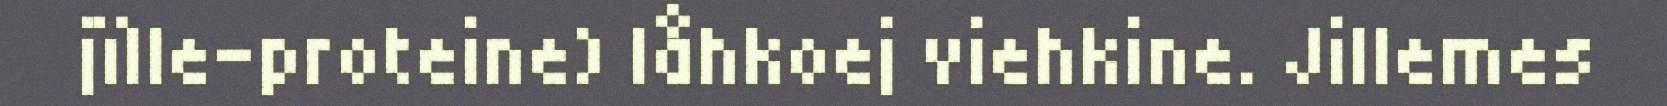
jïlle-proteine) låhkoej viehkine. Jillemes